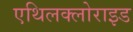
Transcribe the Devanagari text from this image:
एथिलक्लोराइड